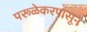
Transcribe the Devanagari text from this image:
परूळेकरपासून